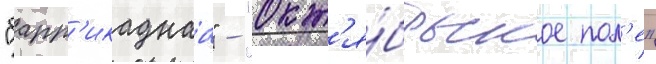
"барр'икаднаа" - "окт'я́брьское пол'е"